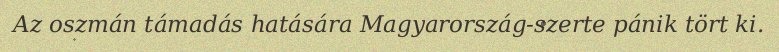
Az oszmán támadás hatására Magyarország-szerte pánik tört ki.